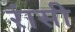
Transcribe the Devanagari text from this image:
रांसी